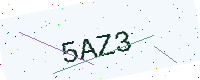
Text: 5AZ3